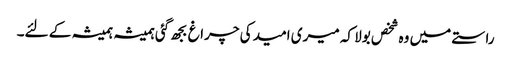
راستے میں وہ شخص بولا کہ میری امید کی چراغ بجھ گئی ہمیشہ ہمیشہ کے لئے۔